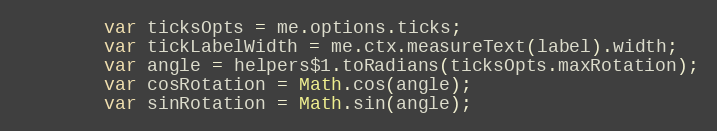
Language: JavaScript
		var ticksOpts = me.options.ticks;
		var tickLabelWidth = me.ctx.measureText(label).width;
		var angle = helpers$1.toRadians(ticksOpts.maxRotation);
		var cosRotation = Math.cos(angle);
		var sinRotation = Math.sin(angle);